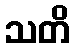
သတိ